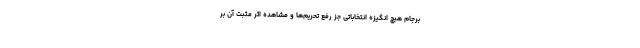
برجام هیچ انگیزه انتخاباتی جز رفع تحریم‌ها و مشاهده اثر مثبت آن بر